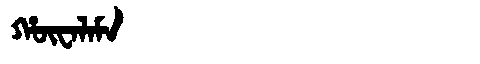
Manchu: ᡥᡡᠸᠠᠯᠠᠮᠠ
Romanization: HŪWALAMA